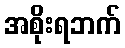
အစိုးရဘက်